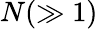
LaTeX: N(\gg 1)